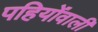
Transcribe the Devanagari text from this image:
पहियोंवाली